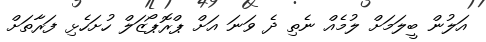
އަލުން ބީލަމަށް ލުމެއް ނެތި ދެ ވަނަ އަށް ޕްރޮޕޯޒަލް ހުށަހެޅި ފަރާތަށް